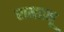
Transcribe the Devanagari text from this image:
रामप्रभू